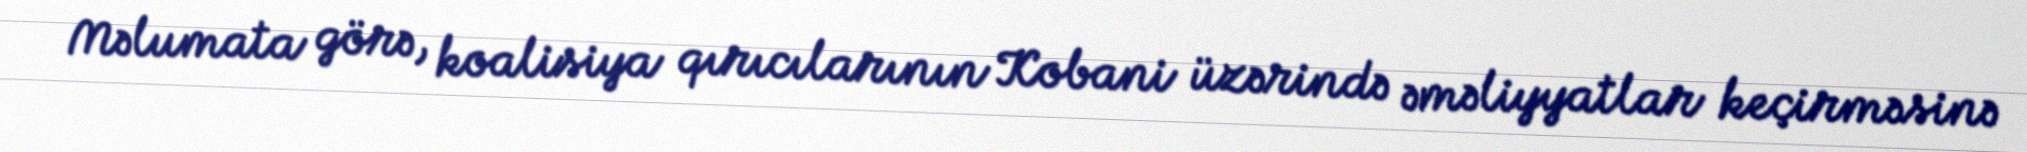
Məlumata görə, koalisiya qırıcılarının Kobani üzərində əməliyyatlar keçirməsinə